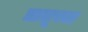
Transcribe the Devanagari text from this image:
ॠतूच्या